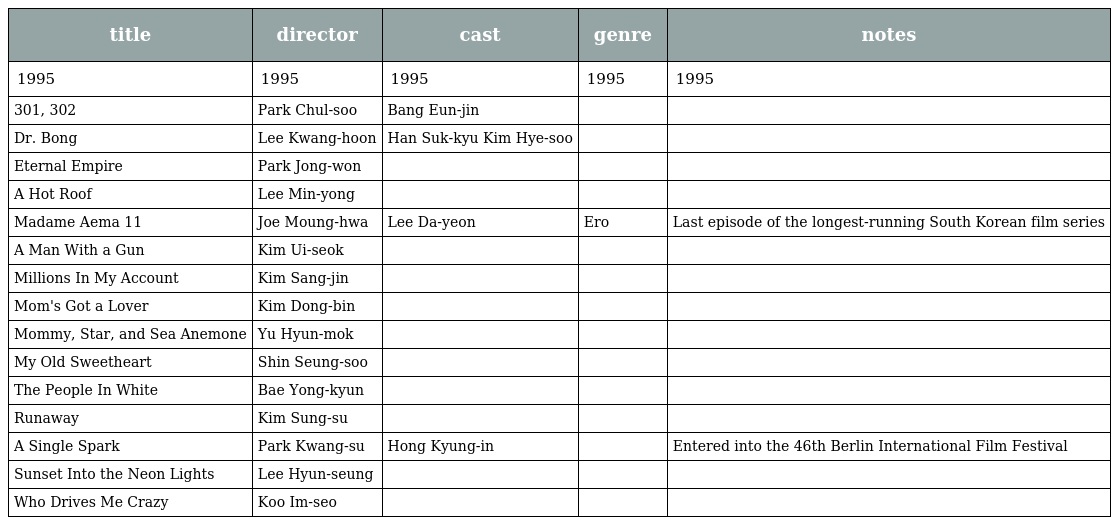
| title | director | cast | genre | notes |
 | --- | --- | --- | --- | --- |
 | 1995 | 1995 | 1995 | 1995 | 1995 |
 | 301, 302 | Park Chul-soo | Bang Eun-jin |  |  |
 | Dr. Bong | Lee Kwang-hoon | Han Suk-kyu Kim Hye-soo |  |  |
 | Eternal Empire | Park Jong-won |  |  |  |
 | A Hot Roof | Lee Min-yong |  |  |  |
 | Madame Aema 11 | Joe Moung-hwa | Lee Da-yeon | Ero | Last episode of the longest-running South Korean film series |
 | A Man With a Gun | Kim Ui-seok |  |  |  |
 | Millions In My Account | Kim Sang-jin |  |  |  |
 | Mom's Got a Lover | Kim Dong-bin |  |  |  |
 | Mommy, Star, and Sea Anemone | Yu Hyun-mok |  |  |  |
 | My Old Sweetheart | Shin Seung-soo |  |  |  |
 | The People In White | Bae Yong-kyun |  |  |  |
 | Runaway | Kim Sung-su |  |  |  |
 | A Single Spark | Park Kwang-su | Hong Kyung-in |  | Entered into the 46th Berlin International Film Festival |
 | Sunset Into the Neon Lights | Lee Hyun-seung |  |  |  |
 | Who Drives Me Crazy | Koo Im-seo |  |  |  |